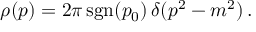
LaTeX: \rho ( p ) = 2 \pi \, \mathrm { s g n } ( p _ { 0 } ) \, \delta ( p ^ { 2 } - m ^ { 2 } ) \, .